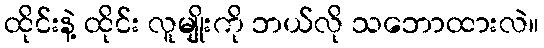
ထိုင်းနဲ့ ထိုင်း လူမျိုးကို ဘယ်လို သဘောထားလဲ။